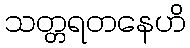
သတ္တရတနေဟိ